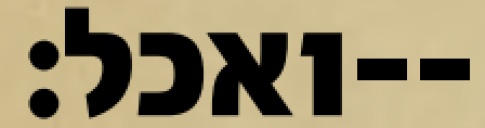
ואכל׃--